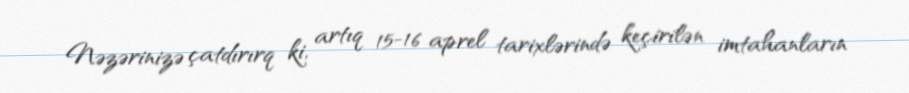
Nəzərinizə çatdırırq ki, artıq 15-16 aprel tarixlərində keçirilən imtahanların